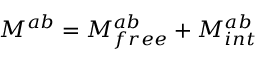
M ^ { a b } = M _ { f r e e } ^ { a b } + M _ { i n t } ^ { a b }